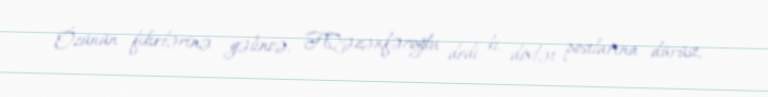
Özünün fikirlərinə gəlincə, F.Qəzənfəroğlu dedi ki, dövlət postlarına dürüst,